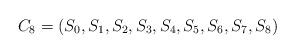
LaTeX: \begin{align*}C_8=(S_0,S_1,S_2,S_3,S_4,S_5,S_6,S_7,S_8)\end{align*}